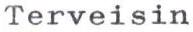
Terveisin